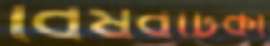
বিষবটিকা